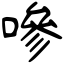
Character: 嘇